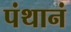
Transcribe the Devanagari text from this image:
पंथानं